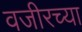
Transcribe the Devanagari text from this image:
वजीरच्या